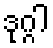
ဒုဂ္ဂါ